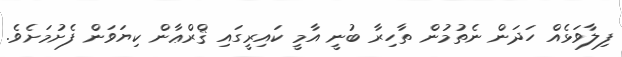
ފިލާވަޅެއް ހަދަން ނެތުމުން ތާހިރާ ބުނީ އާމީ ކައިރީގައި ޤްރްޢާން ކިޔަވަން ފެށުމަށެވެ.